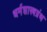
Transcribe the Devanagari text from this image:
धर्मशास्त्रग्रंथ